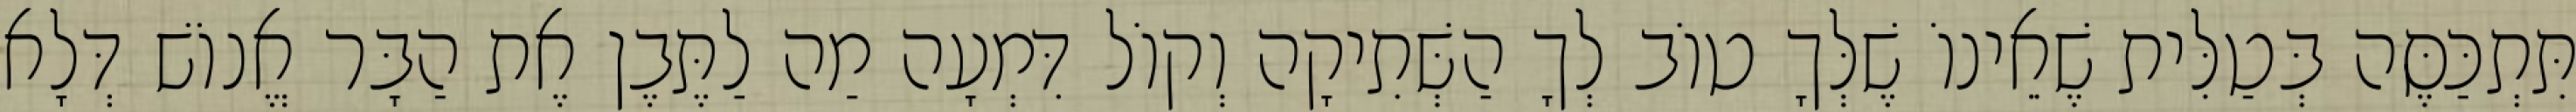
תִּתְכַּסֶּה בְּטַלִּית שֶׁאֵינוֹ שֶׁלְּךָ טוֹב לְךָ הַשְּׁתִיקָה וְקוֹל דִּמְעָה מַה לַתֶּבֶן אֶת הַבָּר אֱנוֹשׁ דְּלָא